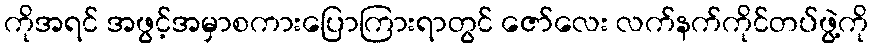
ကိုအရင် အဖွင့်အမှာစကားပြောကြားရာတွင် ဇော်လေး လက်နက်ကိုင်တပ်ဖွဲ့ကို